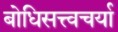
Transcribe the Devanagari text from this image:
बोधिसत्त्वचर्या